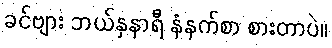
ခင်ဗျား ဘယ်နှနာရီ နံနက်စာ စားတာပဲ။